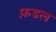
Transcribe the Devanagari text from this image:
फ़डल